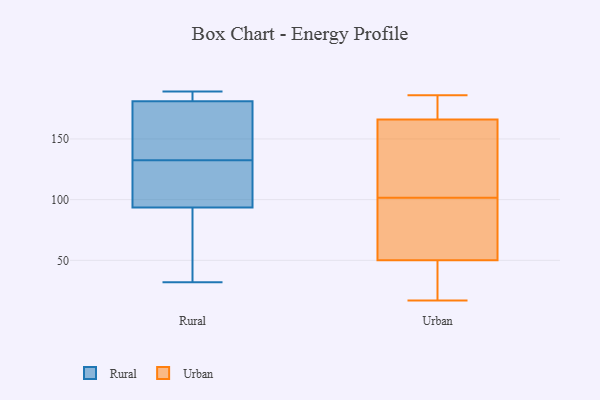
{"axis": {"x": "Energy Usage (MWh)", "y": "Value"}, "legend": ["Rural", "Urban"], "data": [{"x": "", "y": 128, "type": "Rural"}, {"x": "", "y": 32, "type": "Rural"}, {"x": "", "y": 183, "type": "Rural"}, {"x": "", "y": 179, "type": "Rural"}, {"x": "", "y": 189, "type": "Rural"}, {"x": "", "y": 50, "type": "Rural"}, {"x": "", "y": 133, "type": "Rural"}, {"x": "", "y": 183, "type": "Rural"}, {"x": "", "y": 172, "type": "Rural"}, {"x": "", "y": 70, "type": "Rural"}, {"x": "", "y": 117, "type": "Rural"}, {"x": "", "y": 132, "type": "Rural"}, {"x": "", "y": 186, "type": "Urban"}, {"x": "", "y": 168, "type": "Urban"}, {"x": "", "y": 124, "type": "Urban"}, {"x": "", "y": 122, "type": "Urban"}, {"x": "", "y": 64, "type": "Urban"}, {"x": "", "y": 50, "type": "Urban"}, {"x": "", "y": 42, "type": "Urban"}, {"x": "", "y": 81, "type": "Urban"}, {"x": "", "y": 166, "type": "Urban"}, {"x": "", "y": 17, "type": "Urban"}]}